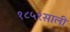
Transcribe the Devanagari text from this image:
१८५१साली